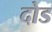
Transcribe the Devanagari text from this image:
दोड